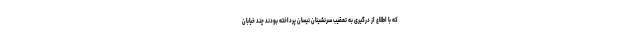
که با اطلاع از درگیری به تعقیب سرنشینان نیسان پرداخته بودند چند خیابان